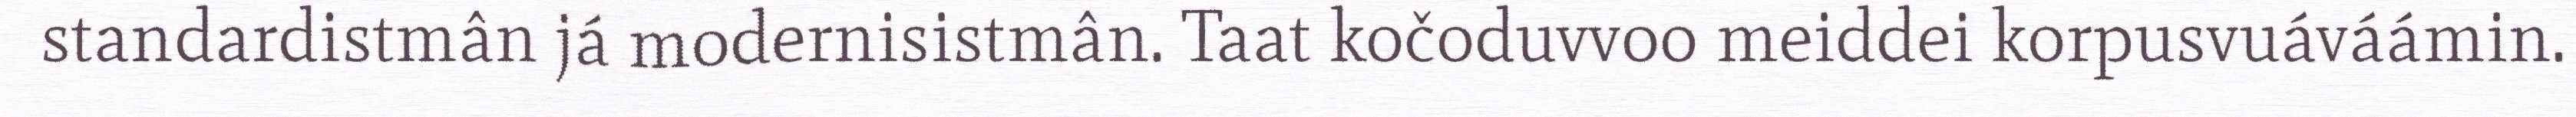
standardistmân já modernisistmân. Taat kočoduvvoo meiddei korpusvuáváámin.